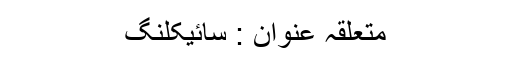
متعلقہ عنوان : سائیکلنگ